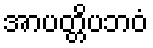
အာပတ္တိပဘဝံ